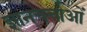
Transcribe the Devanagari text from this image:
ज्ञानचर्चाओं